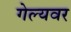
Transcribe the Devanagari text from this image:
गेल्यवर